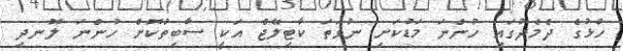
ހުޅުގެ ދެމެދުގައި ހުންނަ މަޑުކަށި ނުވަތަ ކާޓިލޭޖް އަކީ ސާބިތުކޮށް ހުންނަ ލޮނދި